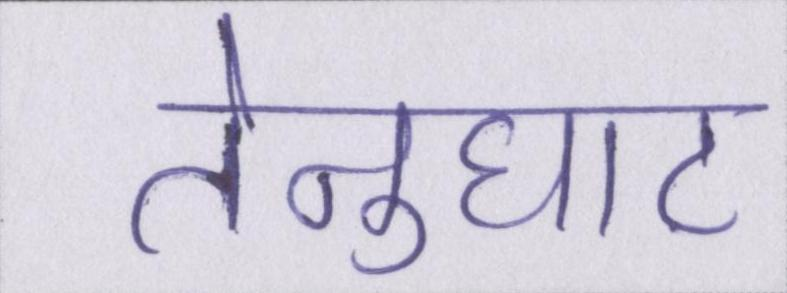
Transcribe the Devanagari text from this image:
तेनुघाट